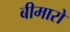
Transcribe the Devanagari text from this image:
बीमारो